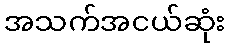
အသက်အငယ်ဆုံး